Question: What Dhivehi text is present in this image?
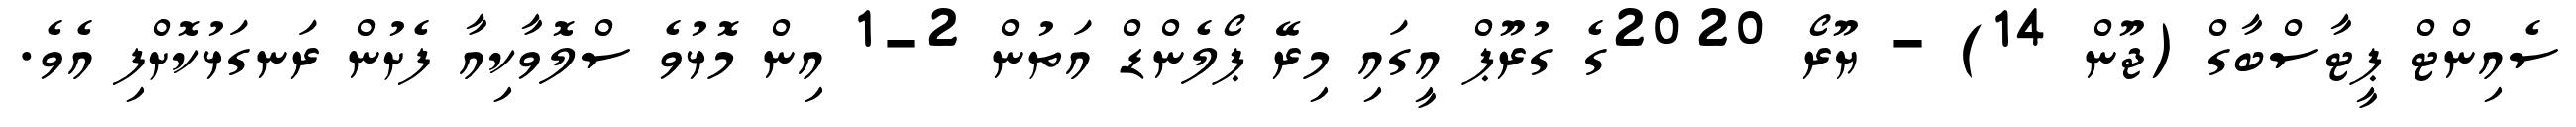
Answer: ސެއިންޓް ޕީޓާސްބާގް (ޖޫން 14) - ޔޫރޯ 2020ގެ ގުރޫޕް އީގައި މިރޭ ޕޯލެންޑް އަތުން 2-1 އިން މޮޅުވެ ސްލޮވާކިއާ ފެށުން ރަނގަޅުކޮށްފި އެވެ.